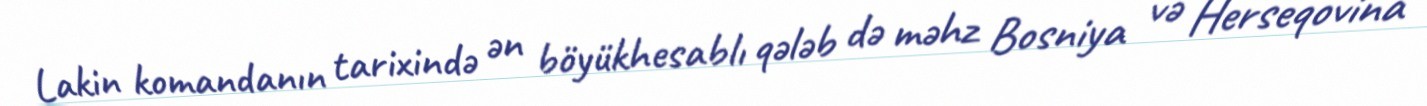
Lakin komandanın tarixində ən böyükhesablı qələb də məhz Bosniya və Herseqovina